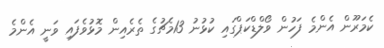
ކެމަރޫން އެންމެ ފަހުން ވޯލްޑްކަޕްގައި ކުޅުނު 13މެޗުގެ ތެރެއިން މޮޅުވެފައި ވަނީ އެންމެ